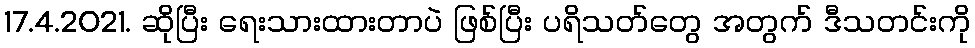
17.4.2021. ဆိုပြီး ရေးသားထားတာပဲ ဖြစ်ပြီး ပရိသတ်တွေ အတွက် ဒီသတင်းကို